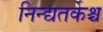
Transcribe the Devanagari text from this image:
निन्द्यतर्केश्च